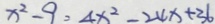
x ^ { 2 } - 9 = 4 x ^ { 2 } - 2 4 x + 3 6